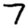
Digit: 7